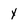
Character: Y